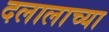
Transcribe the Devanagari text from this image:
दलालाच्या